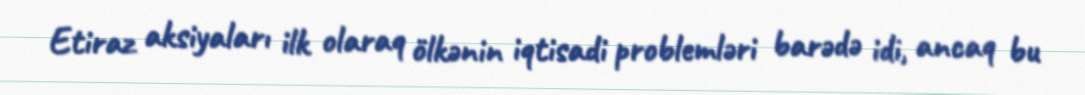
Etiraz aksiyaları ilk olaraq ölkənin iqtisadi problemləri barədə idi, ancaq bu